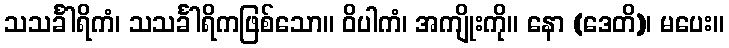
သသင်္ခါရိကံ၊ သသင်္ခါရိကဖြစ်သော။ ဝိပါကံ၊ အကျိုးကို။ နော (ဒေတိ)၊ မပေး။